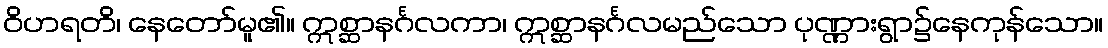
ဝိဟရတိ၊ နေတော်မူ၏။ ဣစ္ဆာနင်္ဂလကာ၊ ဣစ္ဆာနင်္ဂလမည်သော ပုဏ္ဏားရွာ၌နေကုန်သော။